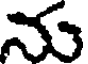
న